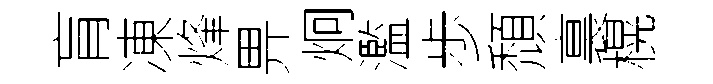
肓凍烽畀炯濫歩頹裏榥